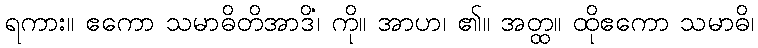
ရကား။ ဧကော သမာဓိတိအာဒိံ၊ ကို။ အာဟ၊ ၏။ အတ္ထ။ ထိုဧကော သမာဓိ၊